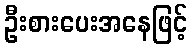
ဦးစားပေးအနေဖြင့်